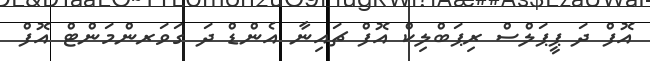
އޮފް ދަ ޕީޕަލްސް ރިޕަބްލިކް އޮފް ޗައިނާ އެންޑް ދަ ގަވަރންމަންޓް އޮފް